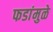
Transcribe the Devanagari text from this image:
फडांमुळे